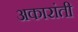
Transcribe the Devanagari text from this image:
अकारांती